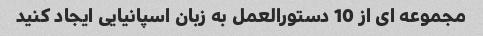
مجموعه ای از 10 دستورالعمل به زبان اسپانیایی ایجاد کنید